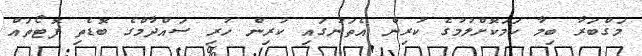
މަގްބަރާ ބިމާ ހަމަކޮށްލުމުގެ ކުރިން އެތަނުގައި ކުރިން ހުރި ސައްދާމްގެ ބޮޑެތި ފޮޓޯތައް